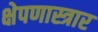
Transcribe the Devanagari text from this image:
क्षेपणास्त्रार